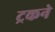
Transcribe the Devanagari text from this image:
ट्रकने